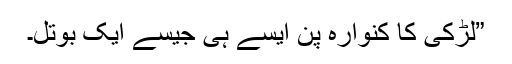
”لڑکی کا کنوارہ پن ایسے ہی جیسے ایک بوتل۔